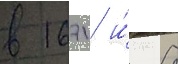
в 1671 и́ 8